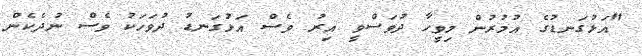
"އަޅުގަނޑުގެ އުމުރުން މިވީހާ ދުވަސްވީ އިރު ވެސް އަޅުގަނޑު ދުވަހަކު ވެސް ނުދެކެން